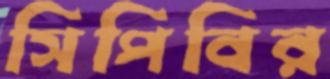
সিপিবির